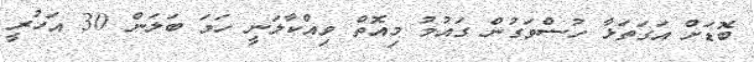
ބޮޑަށް އަގަތަޅާ ހުސްވަގުން ގައުމު މިއޮތް ވިއްކާލަނީ ހަމަ ބަލަން 30 އަހުރީ